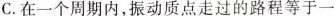
C.在一个周期内，振动质点走过的路程等于一